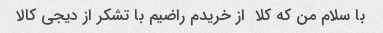
با سلام من که کلا  از خریدم راضیم با تشکر از دیجی کالا